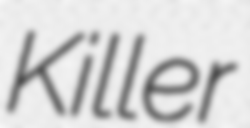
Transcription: Killer